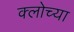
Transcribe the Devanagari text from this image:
क्लोच्या